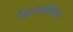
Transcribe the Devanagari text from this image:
नियमविशेष